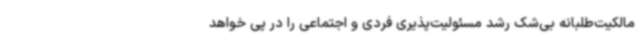
مالکیت‌طلبانه بی‌شک رشد مسئولیت‌پذیری فردی و اجتماعی را در پی خواهد